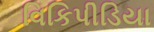
વિકિપીડિયા